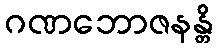
ဂဏဘောဇနန္တိ